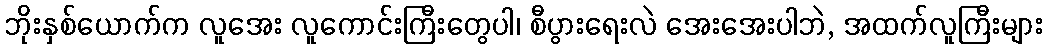
ဘိုးနှစ်ယောက်က လူအေး လူကောင်းကြီးတွေပါ၊ စီပွားရေးလဲ အေးအေးပါဘဲ, အထက်လူကြီးများ